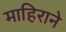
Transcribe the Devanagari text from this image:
माहिराने